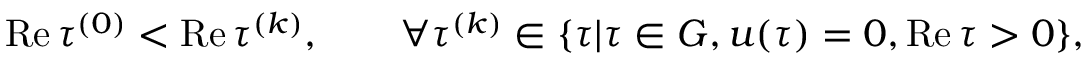
\mathrm { R e } \, \tau ^ { ( 0 ) } < \mathrm { R e } \, \tau ^ { ( k ) } , \qquad \forall \tau ^ { ( k ) } \in \{ \tau | \tau \in G , u ( \tau ) = 0 , \mathrm { R e } \, \tau > 0 \} ,